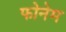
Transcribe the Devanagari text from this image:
फोनेम